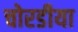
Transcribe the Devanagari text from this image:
चोरडीया